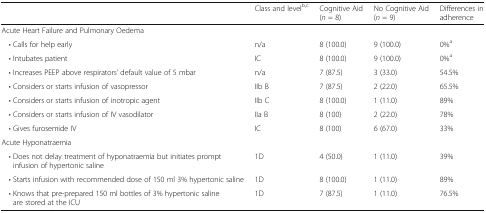
<table><thead><tr><td></td><td><b>Class and level<sup>b,c</sup></b></td><td><b>Cognitive Aid (<i>n</i> = 8)</b></td><td><b>No Cognitive Aid (<i>n</i> = 9)</b></td><td><b>Differences in adherence</b></td></tr></thead><tbody><tr><td colspan="5">Acute Heart Failure and Pulmonary Oedema</td></tr><tr><td> • Calls for help early</td><td>n/a</td><td>8 (100.0)</td><td>9 (100.0)</td><td>0%<sup>a</sup></td></tr><tr><td> • Intubates patient</td><td>IC</td><td>8 (100.0)</td><td>9 (100.0)</td><td>0%<sup>a</sup></td></tr><tr><td> • Increases PEEP above respirators’ default value of 5 mbar</td><td>n/a</td><td>7 (87.5)</td><td>3 (33.0)</td><td>54.5%</td></tr><tr><td> • Considers or starts infusion of vasopressor</td><td>IIb B</td><td>7 (87.5)</td><td>2 (22.0)</td><td>65.5%</td></tr><tr><td> • Considers or starts infusion of inotropic agent</td><td>IIb C</td><td>8 (100.0)</td><td>1 (11.0)</td><td>89%</td></tr><tr><td> • Considers or starts infusion of IV vasodilator</td><td>IIa B</td><td>8 (100)</td><td>2 (22.0)</td><td>78%</td></tr><tr><td> • Gives furosemide IV</td><td>IC</td><td>8 (100)</td><td>6 (67.0)</td><td>33%</td></tr><tr><td colspan="5">Acute Hyponatraemia</td></tr><tr><td> • Does not delay treatment of hyponatraemia but initiates prompt infusion of hypertonic saline</td><td>1D</td><td>4 (50.0)</td><td>1 (11.0)</td><td>39%</td></tr><tr><td> • Starts infusion with recommended dose of 150 ml 3% hypertonic saline</td><td>1D</td><td>8 (100.0)</td><td>1 (11.0)</td><td>89%</td></tr><tr><td> • Knows that pre-prepared 150 ml bottles of 3% hypertonic saline are stored at the ICU</td><td>1D</td><td>7 (87.5)</td><td>1 (11.0)</td><td>76.5%</td></tr></tbody></table>